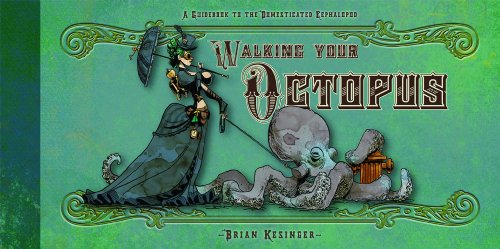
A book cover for Walking Your Octopus: A Guidebook to the Domesticated Cephalopod; Brian Kesinger; Science Fiction & Fantasy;